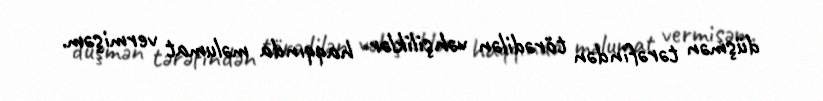
düşmən tərəfindən törədilən vəhşiliklər haqqında məlumat vermişəm.